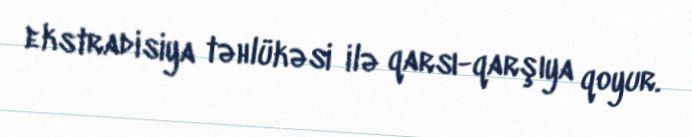
ekstradisiya təhlükəsi ilə qarsı-qarşıya qoyur.